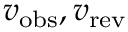
v _ { \mathrm { o b s } } , v _ { \mathrm { r e v } }